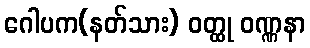
ဂေါပက(နတ်သား) ဝတ္ထု ဝဏ္ဏနာ